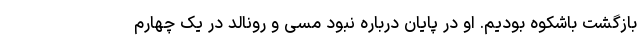
بازگشت باشکوه بودیم. او در پایان درباره نبود مسی و رونالد در یک چهارم